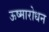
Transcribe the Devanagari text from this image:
ऊष्मारोधन